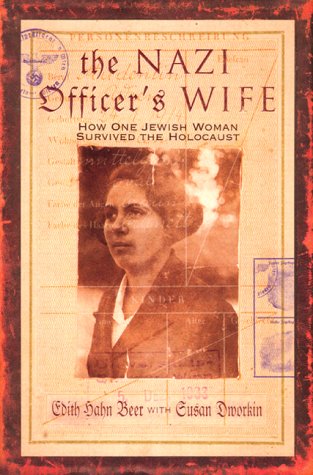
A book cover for The Nazi Officer's Wife: How One Jewish Woman Survived The Holocaust; Edith H. Beer; Biographies & Memoirs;